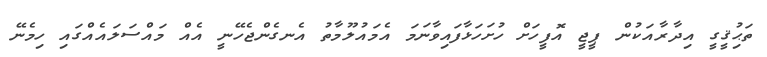
ތަޙިުޤީގީ އިދާރާއަކުން ޕީޖީ އޮފީހަށް ހުށަހަޅާފައިވާނަމަ އެމައުލޫމާތު އެނގެންޖެހޭނީ އެއް މައްސަލައެއްގައި ހިމެނޭ